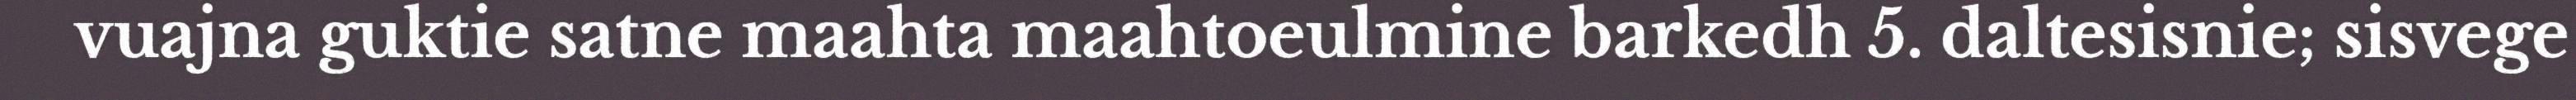
vuajna guktie satne maahta maahtoeulmine barkedh 5. daltesisnie; sisvege